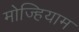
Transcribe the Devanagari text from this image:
मोज्हियाम